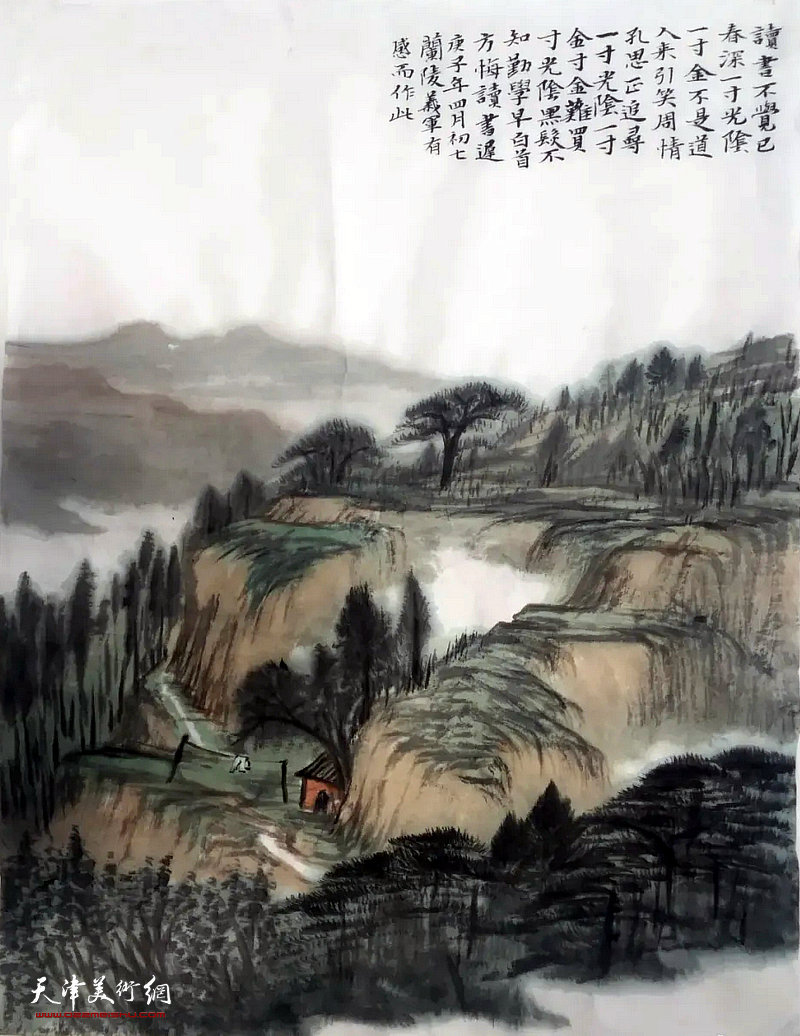
读书不觉已春深，一寸光阴一寸金。